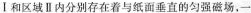
Ⅰ和区域Ⅱ内分别存在着与纸面垂直的匀强磁场,一